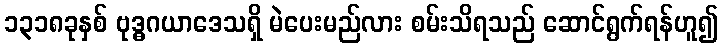
၁၃၁၈ခုနှစ် ဗုဒ္ဓဂယာဒေသရှိ မဲပေးမည်လား စမ်းသိရသည် ဆောင်ရွက်ရန်ဟူ၍